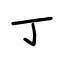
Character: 丁